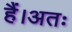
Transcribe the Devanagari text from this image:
हैं।अतः